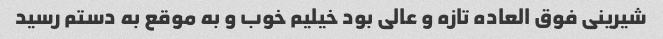
شیرینی فوق العاده تازه و عالی بود خیلیم خوب و به موقع به دستم رسید